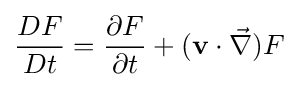
{\frac {DF}{Dt}}={\frac {\partial F}{\partial t}}+(\mathbf {v} \cdot {\vec {\nabla }})F